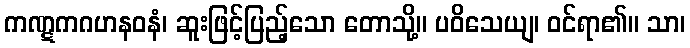
ကဏ္ဋကဂဟနဝနံ၊ ဆူးဖြင့်ပြည့်သော တောသို့။ ပဝိသေယျ၊ ဝင်ရာ၏။ သာ၊